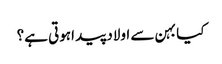
کیا بہن سے اولاد پید اہوتی ہے؟